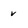
Character: v